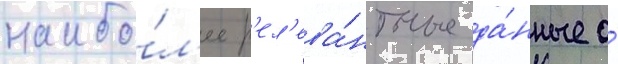
наибо́л'ее р'ел'ева́нтные да́нные о́